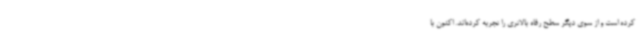
کرده است و از سوی دیگر سطح رفاه بالاتری را تجربه کرده‌اند. اکنون با